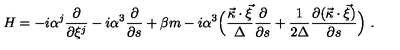
H = - i { \alpha } ^ { j } \frac { \partial } { \partial \xi ^ { j } } - i { \alpha } ^ { 3 } \frac { \partial } { \partial s } + \beta m - i { \alpha } ^ { 3 } \Bigl ( \frac { \vec { \kappa } \cdot \vec { \xi } } { \Delta } \frac { \partial } { \partial s } + \frac { 1 } { 2 \Delta } \frac { \partial ( \vec { \kappa } \cdot \vec { \xi } ) } { \partial s } \Bigr ) \ .